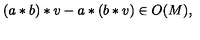
( a * b ) * v - a * ( b * v ) \in O ( M ) ,